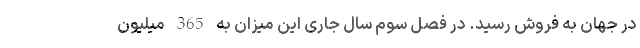
در جهان به فروش رسید. در فصل سوم سال جاری این میزان به 365 میلیون